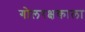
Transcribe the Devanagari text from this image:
गोलरक्षकाला